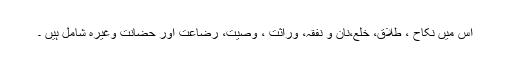
اس میں نکاح ، طلاق، خلع،نان و نفقہ، وراثت ، وصیت، رضاعت اور حضانت وغیرہ شامل ہیں ۔